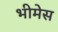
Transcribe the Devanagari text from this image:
भीमेस